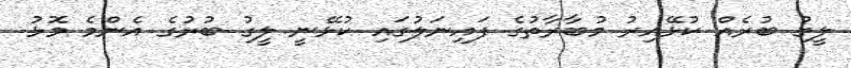
ލީގު ބުރެއް ކުޅޭއިރު މުބާރާތުގެ ފައިނަލުުގައި ކުޅޭނީ ލީގު ބުރުގެ އެންމެ މޮޅު